Report on lock hospitals in British Burma
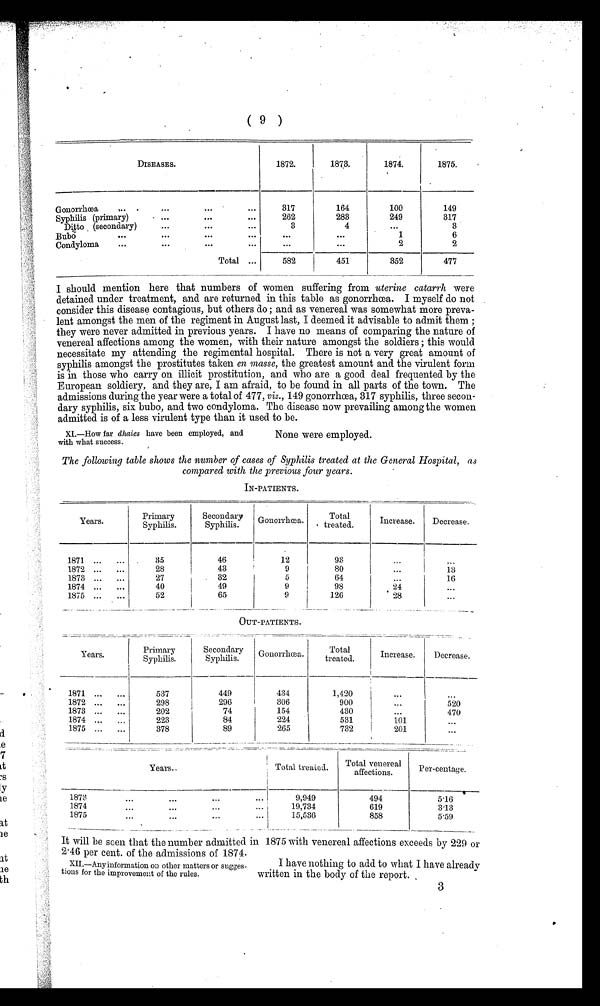
( 9 )
DISEASES.
1872.
1873.
1874.
1 8 7 5 .
Gonorrhæa
,...
. . .
...
...
317
164
100
149
Syphilis (primary)
. . .
...
...
262
283
249
317
Ditto (secondary)
. . .
...
...
3
. . .
3
.
Bubo
...
. . .
...
...
. . .
. . .
1
6
Condyloma
...
. . .
...
...
. . .
. . .
2
2
Total ...
582
451
352
477
I should mention here that numbers of women suffering from uterine catarrh were
detained under treatment, and are returned in this table as gonorrhæa. I myself do not
consider this disease contagious, but others do ; and as venereal was somewhat more preva-
lent amongst the men of the regiment in August last, I deemed it advisable to admit them ;
they were never admitted in previous years. I have no means of comparing the nature of
venereal affections among the women, with their nature amongst the soldiers; this would
necessitate my attending the regimental hospital. There is not a very great amount of
syphilis amongst the prostitutes taken en masse, the greatest amount and the virulent form
is in those who carry on illicit prostitution, and who are a good deal frequented by the
European soldiery, and they are, I am afraid, to be found in all parts of the town. The
admissions during the year were a total of 477, viz., 149 gonorrhæa, 317 syphilis, three secon-
dary syphilis, six bubo, and two condyloma. The disease now prevailing among the women
ad mittedi s o f a l e s s v i r u l e n t t y p e
t h a n i t u s e d t o b e .
XI.—How far dhaies have been employed, and
with what success.
None were employed.
The following table shows the number of cases of Syphilis treated at the General Hospital, as
compared with the previous four years.
IN-PATIENTS.
Year s .
Primary
.
Syphilis
Secondary
Syphilis .
Gonorrhæa,
Total
treated.
Increase.
Decrease.
1871 ...
. . .
35
46
12
93
. . .
. . .
1872 ...
. . .
28
43
9
80
. . .
13
1873 ...
. . .
27
32
5
64
. . .
16
1874 ...
. . .
40
49
9
98
24
. . .
1875 ...
. . .
52
65
9
126
28
OUT-PATIENTS.
Years.
Primary
Syphilis.
Secondary
Syphilis.
Gonorrhæa.
Total
treated.
Increase.
Decrease .
1871
. . .
...
537
449
434
1,420
. . .
. . .
1872
. . .
...
298
296
306
900
. . .
.
520
1873
. . .
...
202
74
154
430
. . . 470
1874
. . .
...
223
84
224
531
101
. . .
1875
. . .
...
378
89
265
732
201
. . .
Years..
Total treated.
Total venereal
affections.
Per-tentage.
1878
. . .
. . .
. . .
. . .
9,949
494
5.16
1874
. .
. . .
. . .
. . .
19,734
619
3.13
1 8 7 5
. . .
. . .
. . .
. . .
15,536
8 5 8
5.59
It will be seen that the number admitted in 1875 with venereal affections exceeds by 229 or
2.46 per cent. of the admissions of 1874.
XII.—Auy information on other matters or sugges-
tions for the improvement of the rules.
I have nothing to add to what I have already
written in the body of the report. ,
3